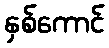
နှစ်ကောင်